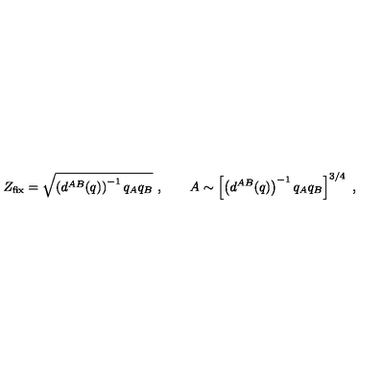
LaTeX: Z _ { \mathrm { f i x } } = \sqrt { \left( d ^ { A B } ( q ) \right) ^ { - 1 } q _ { A } q _ { B } } \ , \qquad A \sim \left[ \left( d ^ { A B } ( q ) \right) ^ { - 1 } q _ { A } q _ { B } \right] ^ { 3 / 4 } \ ,